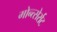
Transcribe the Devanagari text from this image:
मोन्त्सेर्राट